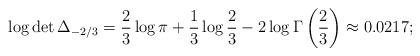
LaTeX: \begin{align*}\log\det\Delta_{-2/3}=\frac 2 3 \log \pi +\frac 1 3 \log \frac 2 3 -2\log\Gamma \left(\frac 2 3 \right)\approx 0.0217;\end{align*}